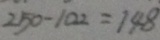
2 5 0 - 1 0 2 = 1 4 8